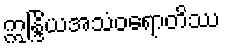
ဣန္ဒြိယအသံဝရောတိဿ